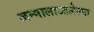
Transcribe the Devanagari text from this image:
जन्मालाआलेल्या